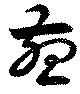
燕